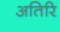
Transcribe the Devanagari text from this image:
अतिरि